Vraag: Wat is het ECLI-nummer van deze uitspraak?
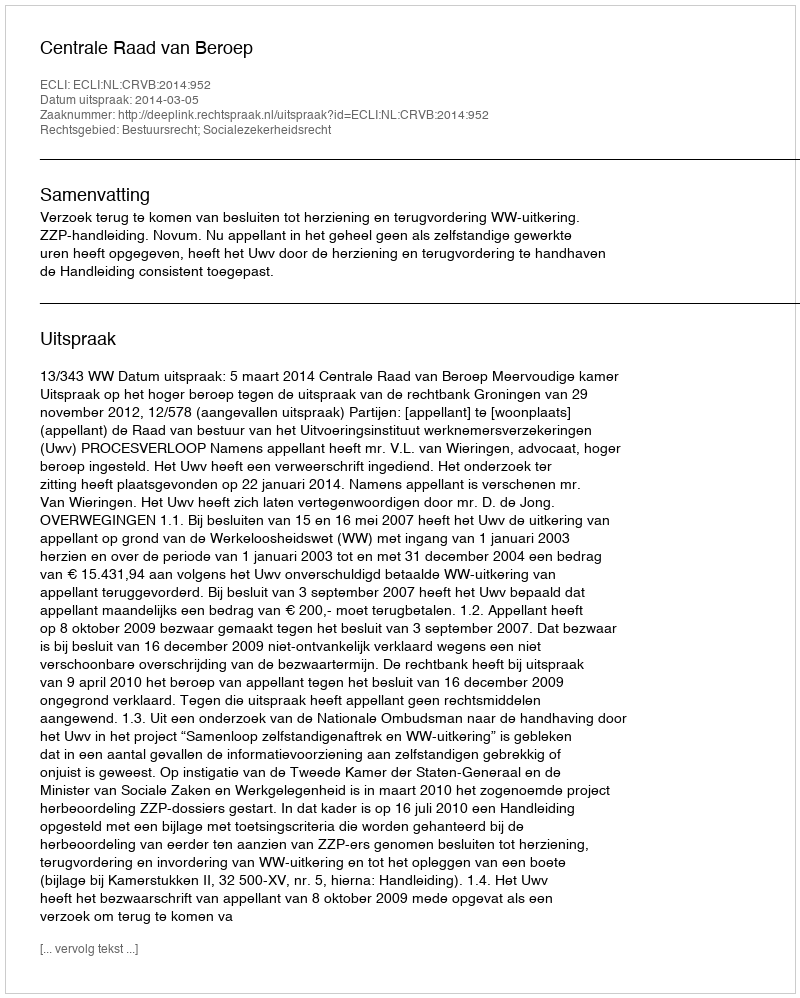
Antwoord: ECLI:NL:CRVB:2014:952